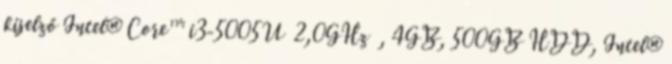
kijelző Intel® Core™ i3-5005U 2,0GHz , 4GB, 500GB HDD, Intel®